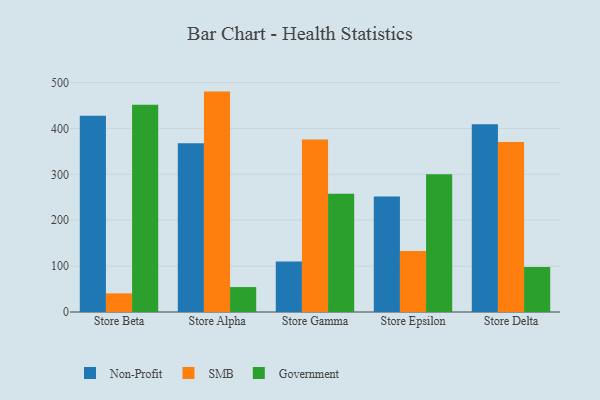
{"axis": {"x": "Store", "y": "Satisfaction Score"}, "legend": ["Government", "Non-Profit", "SMB"], "data": [{"x": "Store Beta", "y": 427.5, "type": "Non-Profit"}, {"x": "Store Beta", "y": 40.6, "type": "SMB"}, {"x": "Store Beta", "y": 451.4, "type": "Government"}, {"x": "Store Alpha", "y": 367.7, "type": "Non-Profit"}, {"x": "Store Alpha", "y": 480.2, "type": "SMB"}, {"x": "Store Alpha", "y": 54.3, "type": "Government"}, {"x": "Store Gamma", "y": 110.3, "type": "Non-Profit"}, {"x": "Store Gamma", "y": 375.9, "type": "SMB"}, {"x": "Store Gamma", "y": 257.6, "type": "Government"}, {"x": "Store Epsilon", "y": 251.4, "type": "Non-Profit"}, {"x": "Store Epsilon", "y": 133.0, "type": "SMB"}, {"x": "Store Epsilon", "y": 300.1, "type": "Government"}, {"x": "Store Delta", "y": 408.9, "type": "Non-Profit"}, {"x": "Store Delta", "y": 370.2, "type": "SMB"}, {"x": "Store Delta", "y": 98.0, "type": "Government"}]}